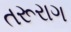
તરૂરાગ